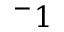
^ - 1